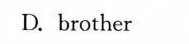
D. brother